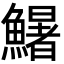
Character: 鱪